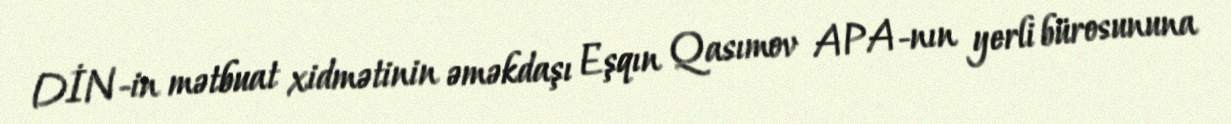
DİN-in mətbuat xidmətinin əməkdaşı Eşqın Qasımov APA-nın yerli bürosununa